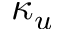
\kappa _ { u }